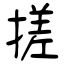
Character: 搓